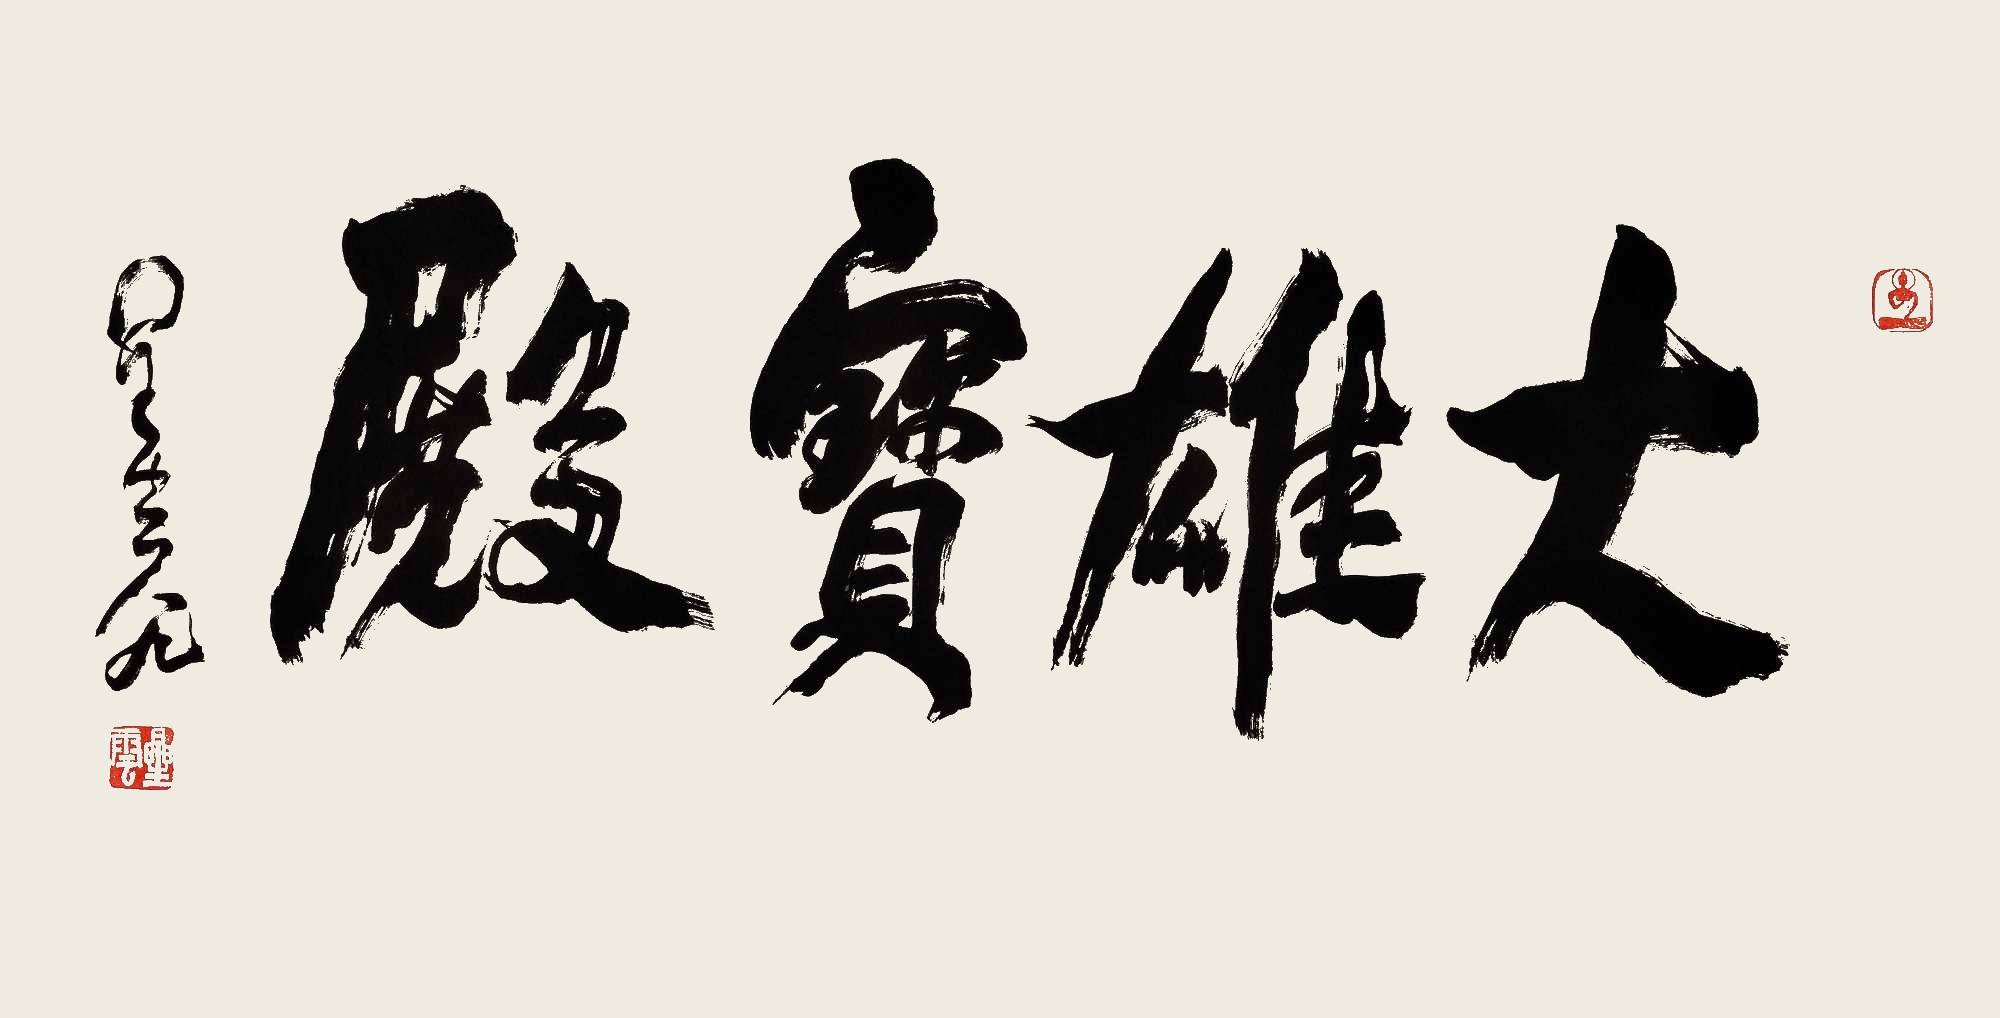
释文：大雄宝殿星云八九